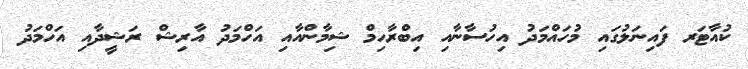
ކުއާޓަރ ފައިނަލުގައި މުހައްމަދު އިހުސާނާއި އިބްރާހިމް ޝިމާންއާއި އަހްމަދު އާރިޝް ރަޝީދާއި އަހްމަދު